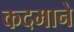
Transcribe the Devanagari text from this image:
कदमाने